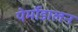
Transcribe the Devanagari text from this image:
पेर्मोडालन